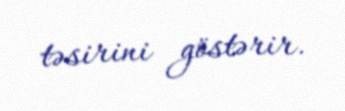
təsirini göstərir.